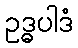
ဥဒ္ဓပါဒံ